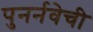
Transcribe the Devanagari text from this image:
पुनर्नवेची